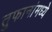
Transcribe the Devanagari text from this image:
तुफानांमध्ये